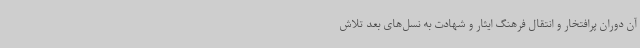
آن دوران پرافتخار و انتقال فرهنگ ایثار و شهادت به نسل‌های بعد تلاش